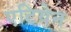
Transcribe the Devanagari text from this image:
एटियेन